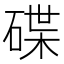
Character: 碟